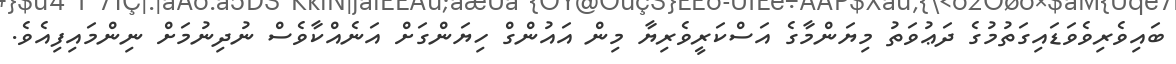
ބަައިވެރިވެވަޑައިގަތުމުގެ ދަޢުވަތު މިޔަންމާގެ އަސްކަރީވެރިޔާ މިން އައުންގް ހިޔަންގަށް އަނެއްކާވެސް ނުދިނުމަށް ނިންމައިފިއެވެ.